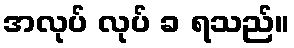
အလုပ် လုပ် ခ ရသည်။